Report of the Municipal Commissioner on the plague in Bombay for the year ending 31st May... - Volume 2
Disease focus: Plague
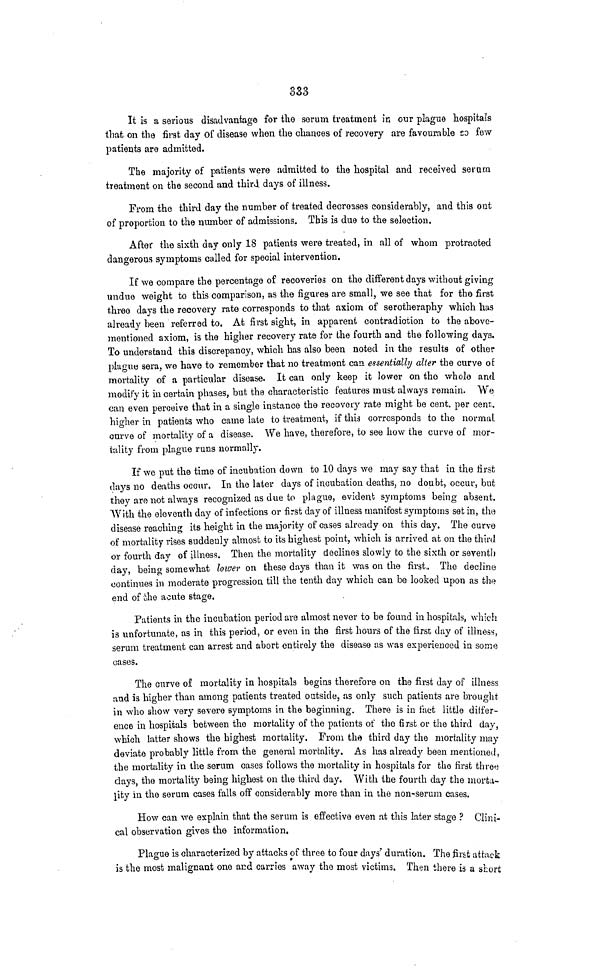
333
It is a serious disadvantage for the serum treatment in our plague hospitals
that on the first day of disease when the chances of recovery are favourable so fow
patients are admitted.
The majority of patients were admitted to the hospital and received serum
treatment on the second and third days of illness.
From the third day the number of treated decreases considerably, and this out
of proportion to the number of admissions. This is due to the selection.
After the sixth day only 18 patients were treated, in all of whom protracted
dangerous symptoms called for special intervention.
If we compare the percentage of recoveries on the different days without giving
undue weight to this comparison, as the figures are small, we see that for the first
three days the recovery rate corresponds to that axiom of serotheraphy which has
already been referred to. At first sight, in apparent contradiction to the above-
mentioned axiom, is the higher recovery rate for the fourth and the following days.
To understand this discrepancy, which has also been noted in the results of other
plague sera, we have to remember that no treatment can essentially alter the curve of
mortality of a particular disease. It can only keep it lower on the whole and
modify it in certain phases, but the characteristic features must always remain. We
can even perceive that in a single instance the recovery rate might be cent. per cent.
higher in patients who came late to treatment, if this corresponds to the normal,
curve of mortality of a disease. We have, therefore, to see how the curve of mor-
tality from plague runs normally.
If we put the time of incubation down to 10 days we may say that in the first
days no deaths occur. In the later days of incubation deaths, no doubt, occur, but
they aro not always recognized as due to plague, evident symptoms being absent.
With the eleventh day of infections or first day of illness manifest symptoms set in, the
disease reaching its height in the majority of cases already on this day. The curve
of mortality rises suddenly almost to its highest point, which is arrived at on the third
or fourth day of illness. Then the mortality declines slowly to the sixth or seventh
day, being somewhat lower on these days than it was on the first,, The decline
continues in moderate progression till the tenth day which can be looked upon as the
end of the acute stage.
Patients in the incubation period are almost never to be found in hospitals, which
is unfortunate, as in this period, or even in the first hours of the first day of illness,
serum treatment can arrest and abort entirely the disease as was experienced in some
cases.
The curve of mortality in hospitals begins therefore on the first day of illness
and is higher than among patients treated outside, as only such patients are brought
in who show very severe symptoms in the beginning. There is in fact little differ-
ence in hospitals between the mortality of the patients of the first or the third day,
which latter shows the highest mortality. From the third day the mortality may
deviate probably little from the general mortality. As has already been mentioned,
the mortality in the serum cases follows the mortality in hospitals for the first three
days, the mortality being highest on the third day. With the fourth clay the morta-
lity in the serum cases falls off considerably more than in the non-serum cases.
How can we explain that the serum is effective even at this later stage ? Clini-
cal observation gives the information.
Plague is characterized by attacks of three to four days' duration. The first attack
is the most malignant one and carries away the most victims. Then there is a short